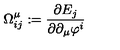
\Omega _ { i j } ^ { \mu } : = \frac { \partial E _ { j } } { \partial \partial _ { \mu } \varphi ^ { i } }